Vaccination Hyderabad 1890-1903 - 1890-1903
Year: 1890
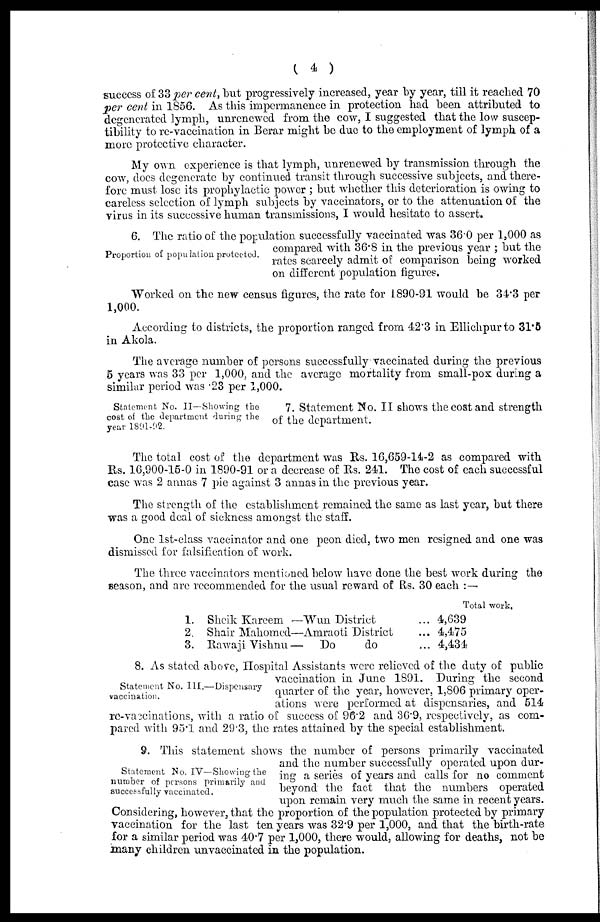
( 4 )
success of 33 per cent, but progressively increased, year by year, till it reached 70
per cent in 1856. As this impermanence in protection had been attributed to
degenerated lymph, unrenewed from the cow, I suggested that the low suscep-
tibility to re-vaccination in Berar might be due to the employment of lymph of a
more protective character.
My own experience is that lymph, unrenewed by transmission through the
cow, does degenerate by continued transit through successive subjects, and there-
fore must lose its prophylactic power ; but whether this deterioration is owing to
careless selection of lymph subjects by vaccinators, or to the attenuation of the
virus in its successive human transmissions, I would hesitate to assert.
Proportion of population protected.
6. The ratio of the population successfully vaccinated was 36.0 per 1,000 as
compared with 36.8 in the previous year ; but the
rates scarcely admit of comparison being worked
on different population figures.
Worked on the new census figures, the rate for 1890-91 would be 34.3 per
1,000.
According to districts, the proportion ranged from 42.3 in Ellichpur to 31.5
in Akola.
The average number of persons successfully vaccinated during the previous
5 years was 33 per 1,000, and the average mortality from small-pox during a
similar period was .23 per 1,000.
Statement No. II — Showing the
cost of the department during the
year 1891-92.
7. Statement No. II shows the cost and strength
of the department.
The total cost of the department was Rs. 16,659-14-2 as compared with
Rs. 16,900-15-0 in 1890-91 or a decrease of Rs. 241. The cost of each successful
case was 2 annas 7 pie against 3 annas in the previous year.
The strength of the establishment remained the same as last year, but there
was a good deal of sickness amongst the staff.
One 1st-class vaccinator and one peon died, two men resigned and one was
dismissed for falsification of work.
The three vaccinators mentioned below have done the best work during the
season, and are recommended for the usual reward of Rs. 30 each :—
Total work.
1.
2.
3.
Sheik Kareem —Wun District ...
Shair Mahomed—Amraoti District ...
Rawaji Vishnu — Do
do ...
4,639
4,475
4,434
Statement No. III.—Dispensary
vaccination.
8. As stated above, Hospital Assistants were relieved of the duty of public
vaccination in June 1891. During the second
quarter of the year, however, 1,806 primary oper-
ations were performed at dispensaries, and 514
re-vaccinations, with a ratio of success of 96.2 and 36.9, respectively, as com-
pared with 95.1 and 29.3, the rates attained by the special establishment.
Statement No. IV—Showing the
number of persons primarily and
successfully vaccinated.
9. This statement shows the number of persons primarily vaccinated
and the number successfully operated upon dur-
ing a series of years and calls for no comment
beyond the fact that the numbers operated
upon remain very much the same in recent years.
Considering, however, that the proportion of the population protected by primary
vaccination for the last ten years was 32.9 per 1,000, and that the birth-rate
for a similar period was 40.7 per 1,000, there would, allowing for deaths, not be
many children unvaccinated in the population.